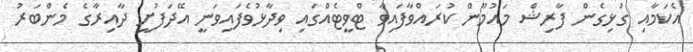
އެކަމާއި ގުޅިގެން ފާރިޝް މައުމޫން ކުރައްވާފައިވާ ޓްވީޓެއްގައި ވިދާޅުވެފައިވަނީ އޭދަފުށީ ދާއިރާގެ މެންބަރު